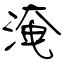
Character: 淹